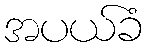
အပယ်ခံ